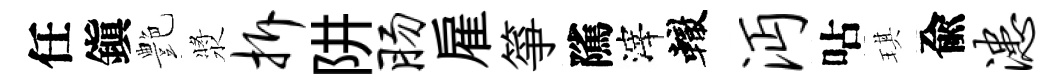
任鎭艶漿拆阱肠雇箏隲滓轍沔呫琪兪漶